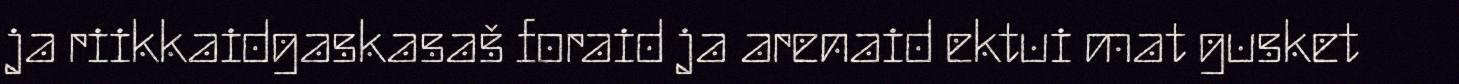
ja riikkaidgaskasaš foraid ja arenaid ektui mat gusket